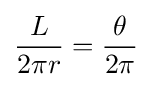
{\frac {L}{2\pi r}}={\frac {\theta }{2\pi }}